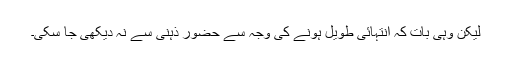
لیکن وہی بات کہ انتہائی طویل ہونے کی وجہ سے حضور ذہنی سے نہ دیکھی جا سکی۔